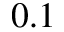
0 . 1